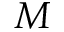
M